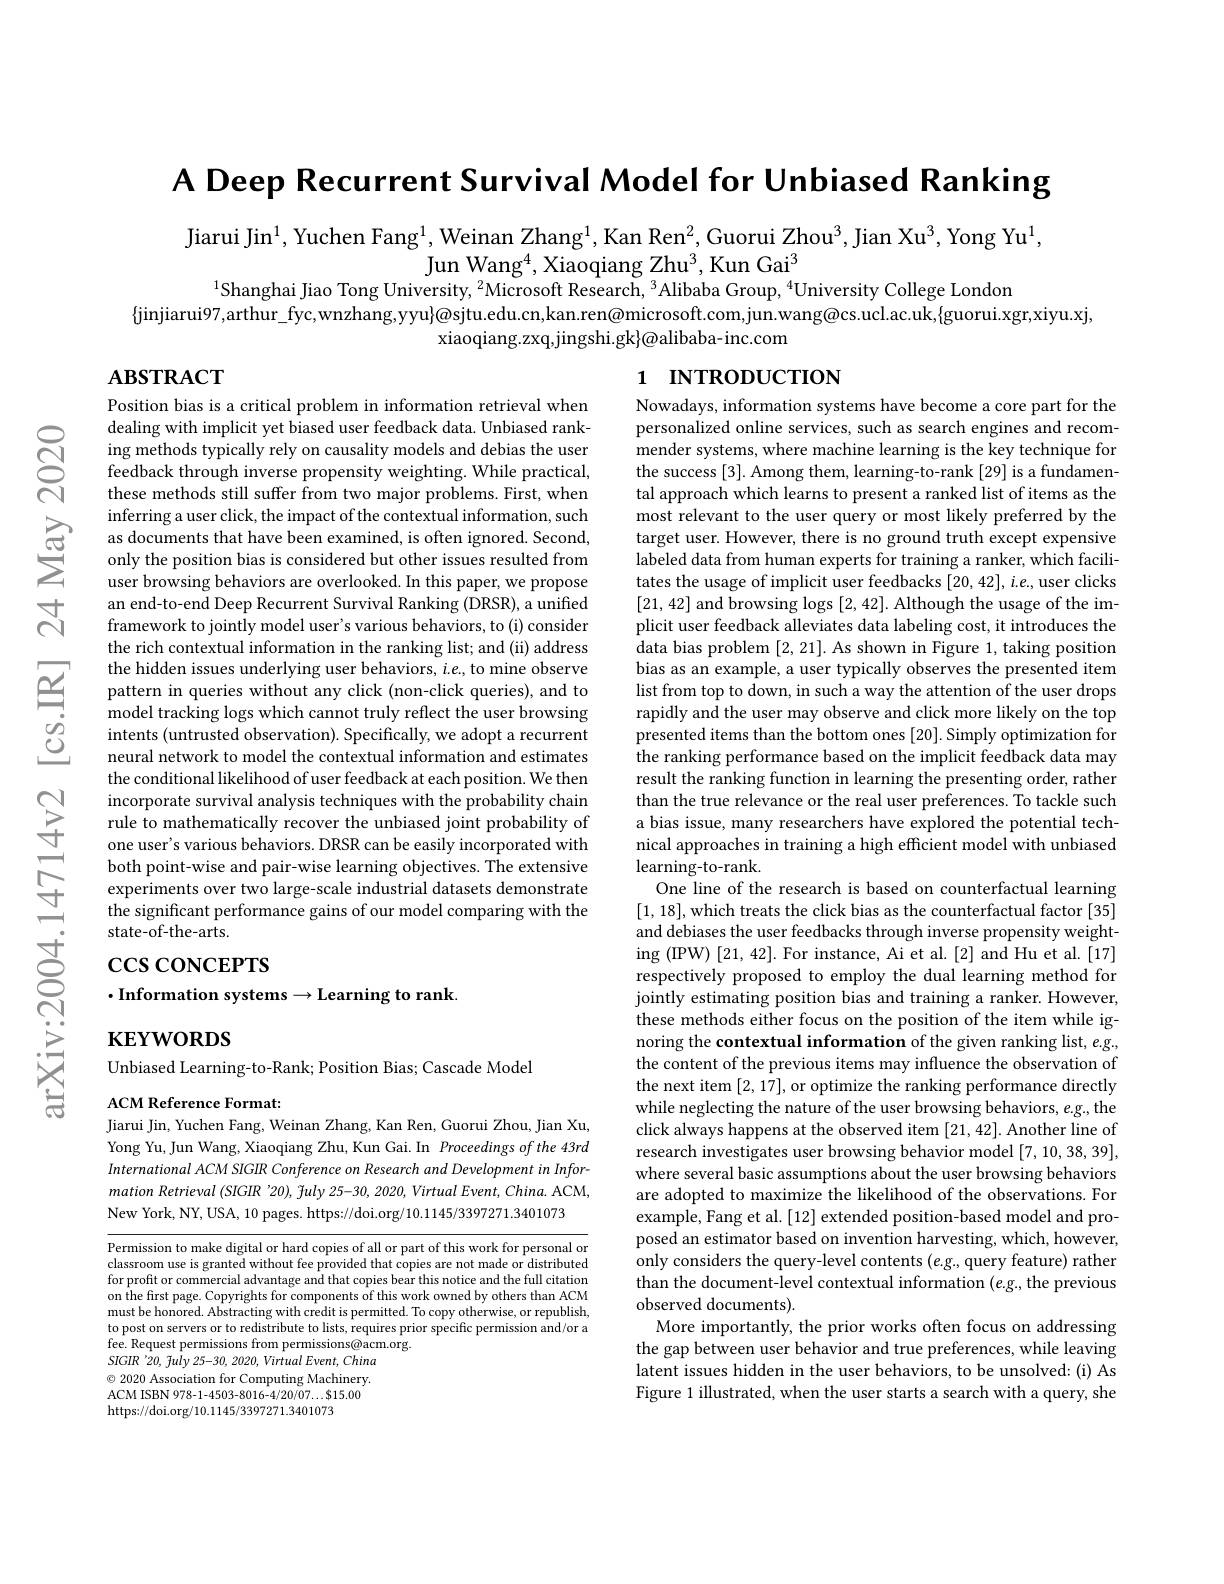
$ପ୍ରି$

A Deep Recurrent Survival Model for Unbiased Ranking

Jiarui Jin$^{1}$, Yuchen Fang$^{1}$, Weinan Zhang$^{1}$, Kan Ren$^{2}$, Guorui Zhou$^{3}$, Jian Xu$^{3}$, Yong Yu$^{1}$,
Jun Wang$^4$,Xiaoqiang Zhu$^3$,Kun Gai$^3$
$^{1}$Shanghai Jiao Tong University, $^{2}$Microsoft Research, $^{3}$Alibaba Group, $^{4}$University College London
$\{$jinjiarui97,arthur\_fyc,wnzhang,yyu}@{sjtu.edu.cn,kan.ren@microsoft.com,jun.wang@cs.ucl.ac.uk,$\{$guorui.xgr,xiyu.xj,
xiaoqiang.zxq,jingshi.gk}@alibaba-inc.com

$ABSTRACT$

# 1 INTRODUCTION

Position bias is a critical problem in information retrieval when dealing with implicit yet biased user feedback data. Unbiased ranking methods typically rely on causality models and debias the user feedback through inverse propensity weighting. While practical, these methods still suffer from two major problems. First, when inferring a user click, the impact of the contextual information, such
an end-to-end Deep Recurrent Survival Ranking (DRSR), a unified framework to jointly model user's various behaviors, to (i) consider the rich contextual information in the ranking list; and (ii) address the hidden issues underlying user behaviors, $i.e.$, to mine observe pattern in queries without any click (non-click queries), and to model tracking logs which cannot truly reflect the user browsing intents (untrusted observation). Specifically, we adopt a recurrent neural network to model the contextual information and estimates the conditional likelihood of user feedback at each position. We then incorporate survival analysis techniques with the probability chain rule to mathematically recover the unbiased joint probability of one user's various behaviors. DRSR can be easily incorporated with both point-wise and pair-wise learning objectives. The extensive experiments over two large-scale industrial datasets demonstrate the significant performance gains of our model comparing with the state-of-the-arts.

Nowadays, information systems have become a core part for the personalized online services, such as search engines and recommender systems, where machine learning is the key technique for the success [3]. Among them, learning-to-rank [29] is a fundamental approach which learns to present a ranked list of items as the most relevant to the user query or most likely preferred by the target user. However, there is no ground truth except expensive labeled data from human experts for training a ranker, which facilitates the usage of implicit user feedbacks $[20,42],i.e.$,user clicks [21,42] and browsing logs [2,42]. Although the usage of the implicit user feedback alleviates data labeling cost, it introduces the data bias problem [2,21]. As shown in Figure 1, taking position bias as an example, a user typically observes the presented item list from top to down, in such a way the attention of the user drops rapidly and the user may observe and click more likely on the top presented items than the bottom ones [20]. Simply optimization for the ranking performance based on the implicit feedback data may result the ranking function in learning the presenting order, rather than the true relevance or the real user preferences. To tackle such a bias issue, many researchers have explored the potential technical approaches in training a high efficient model with unbiased learning-to-rank.
One line of the research is based on counterfactual learning [1,18],which treats the click bias as the counterfactual factor [35] and debiases the user feedbacks through inverse propensity weighting (IPW) [21, 42]. For instance, Ai et al.[2] and Hu et al.[17] respectively proposed to employ the dual learning method for jointly estimating position bias and training a ranker. However, these methods either focus on the position of the item while ignoring the contextual information of the given ranking list, e.g., the content of the previous items may influence the observation of the next item [2,17],or optimize the ranking performance directly while neglecting the nature of the user browsing behaviors, $e.g.$, the click always happens at the observed item [21,42]. Another line of research investigates user browsing behavior model [7,10,38,39], where several basic assumptions about the user browsing behaviors are adopted to maximize the likelihood of the observations. For example, Fang et al. [12] extended position-based model and proposed an estimator based on invention harvesting, which, however, only considers the query-level contents (e.g., query feature) rather than the document-level contextual information $(e.g.$, the previous observed documents).
More importantly, the prior works often focus on addressing the gap between user behavior and true preferences, while leaving latent issues hidden in the user behaviors, to be unsolved: (i) As Figure 1 illustrated, when the user starts a search with a query, she

# $\csc\cos$coNCEPTS $\cdot$Information systems$\to$Learning to rank

$\mathbf{KEYWORDS}$

Unbiased Learning-to-Rank; Position Bias; Cascade Model

ACM Reference Format:

Jiarui Jin, Yuchen Fang, Weinan Zhang, Kan Ren, Guorui Zhou, Jian Xu, Yong Yu, Jun Wang, Xiaoqiang Zhu, Kun Gai. In Proceedings of the 43rd International ACM SIGIR Conference on Research and Development in Information Retrieval $( SIGIR\:^{\prime }20) $, $\tilde{f} uly$ 25-30, 2020, Virtual $Event$, $China.$ ACM, New York, NY, USA, 10 pages. https://doi.org/10.1145/3397271.3401073

Permission to make digital or hard copies of all or part of this work for personal or classroom use is granted without fee provided that copies are not made or distributed for profit or commercial advantage and that copies bear this notice and the full citation on the first page. Copyrights for components of this work owned by others than ACM must be honored. Abstracting with credit is permitted. To copy otherwise, or republish, to post on servers or to redistribute to lists, requires prior specific permission and/or a fee. Request permissions from permissions@acm.org
SIGIR '20, fuly 25-30, 2020, Virtual Event, China $\odot$ 2020 Association for Computing Machinery. ACM ISBN 978-1-4503-8016-4/20/07...$15.00 https://doi.org/10.1145/3397271.3401073